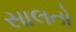
સાલતો